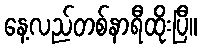
နေ့လည်တစ်နာရီထိုးပြီ။